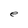
Character: e